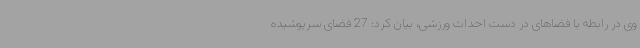
وی در رابطه با فضاهای در دست احداث ورزشی، بیان کرد: 27 فضای سرپوشیده